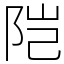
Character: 𬮿